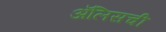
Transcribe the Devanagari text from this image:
ॲलिसची